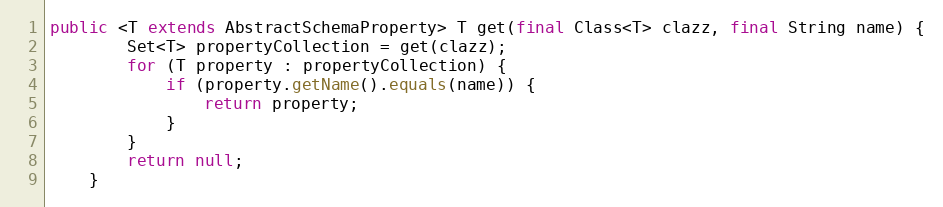
Language: Java
public <T extends AbstractSchemaProperty> T get(final Class<T> clazz, final String name) {
        Set<T> propertyCollection = get(clazz);
        for (T property : propertyCollection) {
            if (property.getName().equals(name)) {
                return property;
            }
        }
        return null;
    }